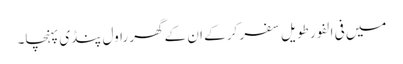
میں فی الفور طویل سفر کر کے ان کے گھر راول پنڈی پہنچا۔